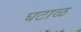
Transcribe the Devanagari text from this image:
घटाळ